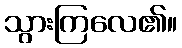
သွားကြလေ၏။